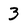
Character: 3